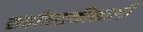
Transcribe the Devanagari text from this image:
सर्वांतशक्तीशाली